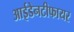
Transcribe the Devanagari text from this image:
आईडेनटीफायर